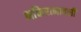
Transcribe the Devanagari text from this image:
भक्तिरत्नावली